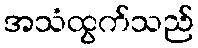
အသံထွက်သည်